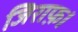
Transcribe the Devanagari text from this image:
जिराफ़।